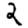
Digit: 2